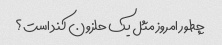
چطور امروز مثل یک حلزون کند است؟